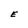
Character: E